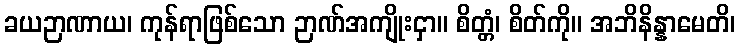
ခယဉာဏာယ၊ ကုန်ရာဖြစ်သော ဉာဏ်အကျိုးငှာ။ စိတ္တံ၊ စိတ်ကို။ အဘိနိန္နာမေတိ၊